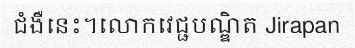
ជំងឺនេះ។លោកវេជ្ជបណ្ឌិត Jirapan